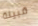
قبيلة